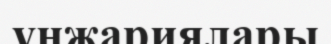
үнжариялары